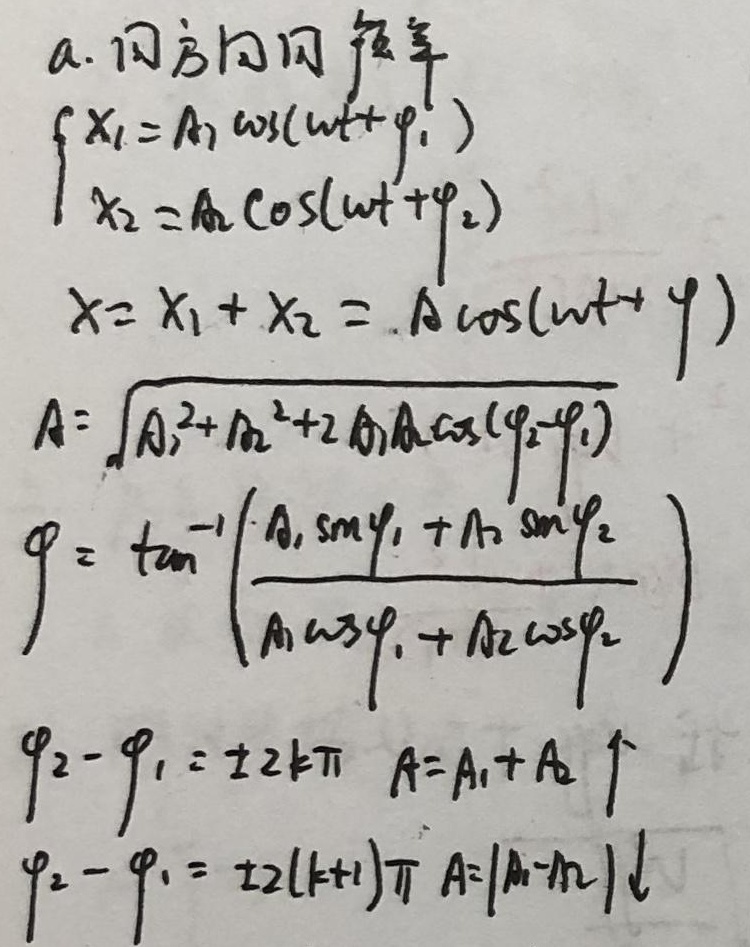
a. 同方向同频率
\[\begin{cases}
x_1 = A_1\cos(\omega t+\varphi_1)\\
x_2 = A_2\cos(\omega t+\varphi_2)
\end{cases}\]
\[x=x_1 + x_2=A\cos(\omega t+\varphi)\]
\[A=\sqrt{A_1^{2}+A_2^{2}+2A_1A_2\cos(\varphi_2 - \varphi_1)}\]
\[\varphi=\tan^{- 1}\left(\frac{A_1\sin\varphi_1+A_2\sin\varphi_2}{A_1\cos\varphi_1+A_2\cos\varphi_2}\right)\]
当\(\varphi_2-\varphi_1=\pm 2k\pi\)时，\(A = A_1+A_2\)；当\(\varphi_2-\varphi_1=\pm (2k + 1)\pi\)时，\(A=\vert A_1 - A_2\vert\)。即：
\[\varphi_2-\varphi_1=\begin{cases}
\pm 2k\pi, & \text{此时 }A = A_1+A_2\\
\pm(2k + 1)\pi, & \text{此时 }A=\vert A_1 - A_2\vert
\end{cases}\]